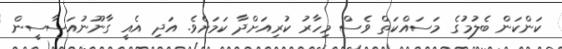
ކަންކަން ބެލުމުގެ މަސައްކަތް ވެސް މިހާރު ކުރިއަށްދާ ކަމަށެވެ. އަދި އެއީ ގާނޫނުއަސާސީން